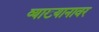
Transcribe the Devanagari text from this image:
व्याख्यानावर